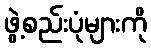
ဖွဲ့စည်းပုံများကို